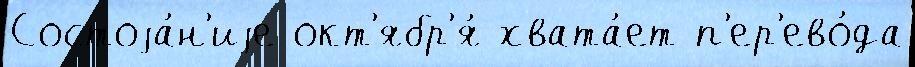
Состоjа́н'иjе окт'ябр'я́ хвата́ет п'ер'ево́да